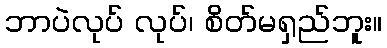
ဘာပဲလုပ် လုပ်၊ စိတ်မရှည်ဘူး။